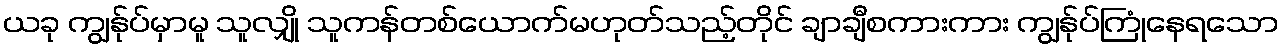
ယခု ကျွန်ုပ်မှာမူ သူလျှို သူကန်တစ်ယောက်မဟုတ်သည့်တိုင် ချာချီစကားကား ကျွန်ုပ်ကြုံနေရသော